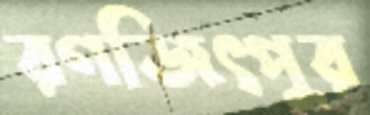
রণজিৎপুর